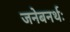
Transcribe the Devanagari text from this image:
जनेबनर्थः